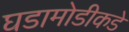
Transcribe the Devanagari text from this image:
घडामोडीकडे